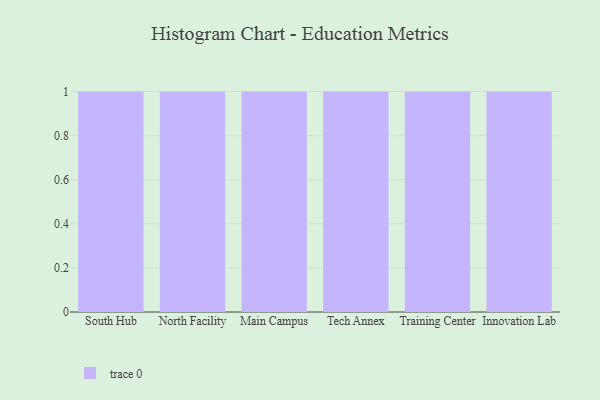
{"axis": {"x": "Campus", "y": "Temperature (°C)"}, "legend": [""], "data": [{"x": "South Hub", "y": 22, "type": ""}, {"x": "North Facility", "y": 5, "type": ""}, {"x": "Main Campus", "y": 85, "type": ""}, {"x": "Tech Annex", "y": 31, "type": ""}, {"x": "Training Center", "y": 54, "type": ""}, {"x": "Innovation Lab", "y": 6, "type": ""}]}